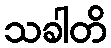
သခါတိ